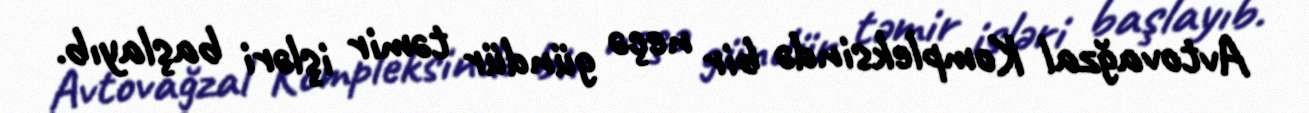
Avtovağzal Kompleksində bir neçə gündür təmir işləri başlayıb.